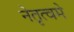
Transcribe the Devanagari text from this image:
नेतृत्वमे